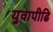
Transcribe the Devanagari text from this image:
युवापीढि